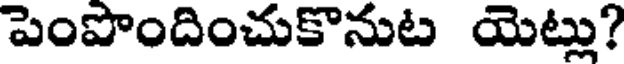
పెంపొందించుకొనుట యెట్లు?